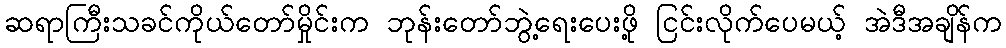
ဆရာကြီးသခင်ကိုယ်တော်မှိုင်းက ဘုန်းတော်ဘွဲ့ရေးပေးဖို့ ငြင်းလိုက်ပေမယ့် အဲဒီအချိန်က